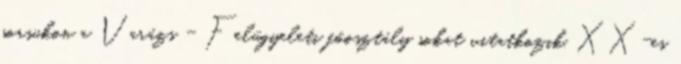
sorsukon a Varázs - Felügyeleti főosztály sokat vitatkozik. XX-es